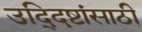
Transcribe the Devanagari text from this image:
उद्‍दिष्टांसाठी